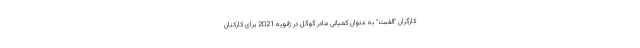
کارگران "الفبت" به عنوان کمپانی مادر گوگل در ژانویه 2021 برای کارکنان